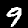
Digit: 9